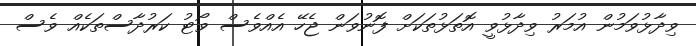
ވިދާޅުވަމުން އުމަރު ވިދާޅުވީ އޮތަޅުތަކަށް ފޮނުވަން ޖެހޭ އެއްވެސް ވޯޓު ކަރުދާސްތަކެއް ވެސް